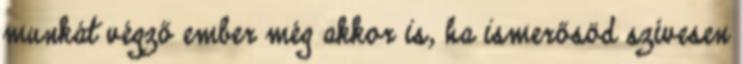
munkát végző ember még akkor is, ha ismerősöd szívesen